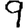
Digit: 9